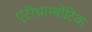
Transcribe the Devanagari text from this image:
एंटीथ्राम्बोटिक